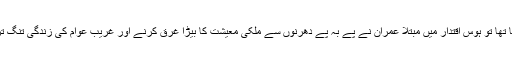
ہاں ، بھٹو نے ملک توڑنے میں حصہ لیا تھا تو ہوس اقتدار میں مبتلا عمران نے پے بہ پے دھرنوں سے ملکی معیشت کا بیڑا غرق کرنے اور غریب عوام کی زندگی تنگ تر کرنے کا مذموم کارنامہ انجام دیا ہے۔